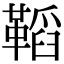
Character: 鞱